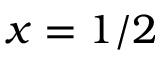
x = 1 / 2